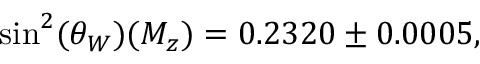
\sin ^ { 2 } ( \theta _ { W } ) ( M _ { z } ) = 0 . 2 3 2 0 \pm 0 . 0 0 0 5 ,